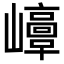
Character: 𡾘